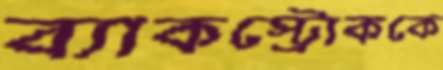
ব্যাকস্ট্রোককে